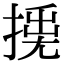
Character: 𢰛